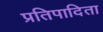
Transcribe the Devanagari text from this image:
प्रतिपादिता